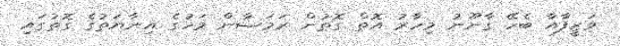
ވަޒީފާއާ ބެހޭ ގާނޫނު މިހާރު އޮތް ގޮތުން ރަމަޟާން މަހުގެ އިނާޔަތުގެ ގޮތުގައި